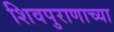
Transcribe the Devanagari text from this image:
शिवपुराणाच्या